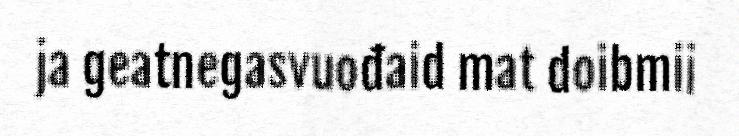
ja geatnegasvuođaid mat doibmii